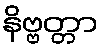
နိဗ္ဗတ္တာ